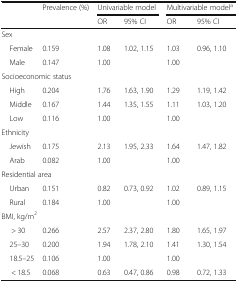
| <ROWSPAN=2>  | Prevalence (%) | <COLSPAN=2> Univariable model | <COLSPAN=2> Multivariable modela |
 |  | OR | 95% CI | OR | 95% CI |
 | --- | --- | --- | --- | --- | --- |
 | <COLSPAN=6> Sex |
 | Female | 0.159 | 1.08 | 1.02, 1.15 | 1.03 | 0.96, 1.10 |
 | Male | 0.147 | 1.00 |  | 1.00 |  |
 | <COLSPAN=6> Socioeconomic status |
 | High | 0.204 | 1.76 | 1.63, 1.90 | 1.29 | 1.19, 1.42 |
 | Middle | 0.167 | 1.44 | 1.35, 1.55 | 1.11 | 1.03, 1.20 |
 | Low | 0.116 | 1.00 |  | 1.00 |  |
 | <COLSPAN=6> Ethnicity |
 | Jewish | 0.175 | 2.13 | 1.95, 2.33 | 1.64 | 1.47, 1.82 |
 | Arab | 0.082 | 1.00 |  | 1.00 |  |
 | <COLSPAN=6> Residential area |
 | Urban | 0.151 | 0.82 | 0.73, 0.92 | 1.02 | 0.89, 1.15 |
 | Rural | 0.184 | 1.00 |  | 1.00 |  |
 | <COLSPAN=6> BMI, kg/m2 |
 | > 30 | 0.266 | 2.57 | 2.37, 2.80 | 1.80 | 1.65, 1.97 |
 | 25–30 | 0.200 | 1.94 | 1.78, 2.10 | 1.41 | 1.30, 1.54 |
 | 18.5–25 | 0.106 | 1.00 |  | 1.00 |  |
 | < 18.5 | 0.068 | 0.63 | 0.47, 0.86 | 0.98 | 0.72, 1.33 |